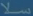
سلا